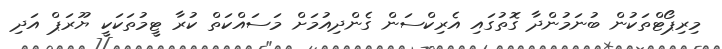
މިރިޕޯޓްތަކުން ބުނަމުންދާ ގޮތުގައި އެރިކްސަން ގެންދިއުމަށް މަސައްކަތް ކުރާ ޓީމުތަކަކީ ޔޫރަޕް އަދި